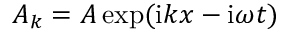
A _ { k } = { \cal A } \exp ( \mathrm { i } k x - \mathrm { i } \omega t )